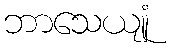
ဘာသေယျုံ